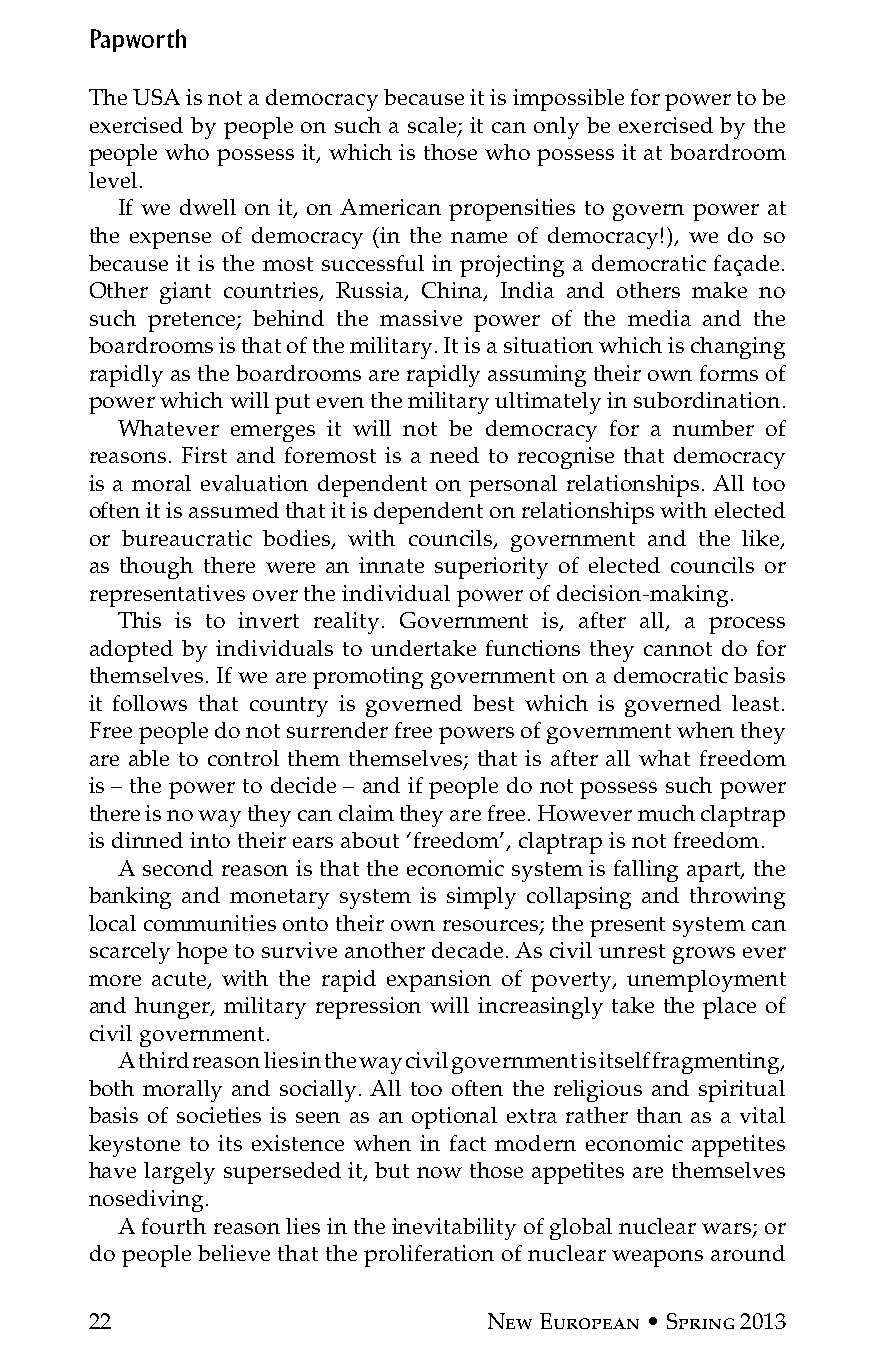
Papworth
 The USA is not a democracy because it is impossible for power to be
 exercised by people on such a scale; it can only be exercised by the
 people who possess it, which is those who possess it at boardroom
 level.
 If we dwell on it, on American propensities to govern power at
 the expense of democracy (in the name of democracy!), we do so
 because it is the most successful in projecting a democratic façade.
 Other giant countries, Russia, China, India and others make no
 such pretence; behind the massive power of the media and the
 boardrooms is that of the military. It is a situation which is changing
 rapidly as the boardrooms are rapidly assuming their own forms of
 power which will put even the military ultimately in subordination.
 Whatever emerges it will not be democracy for a number of
 reasons. First and foremost is a need to recognise that democracy
 is a moral evaluation dependent on personal relationships. All too
 often it is assumed that it is dependent on relationships with elected
 or bureaucratic bodies, with councils, government and the like,
 as though there were an innate superiority of elected councils or
 representatives over the individual power of decision-making.
 This is to invert reality. Government is, after all, a process
 adopted by individuals to undertake functions they cannot do for
 themselves. If we are promoting government on a democratic basis
 it follows that country is governed best which is governed least.
 Free people do not surrender free powers of government when they
 are able to control them themselves; that is after all what freedom
 is – the power to decide – and if people do not possess such power
 there is no way they can claim they are free. However much claptrap
 is dinned into their ears about ‘freedom’, claptrap is not freedom.
 A second reason is that the economic system is falling apart, the
 banking and monetary system is simply collapsing and throwing
 local communities onto their own resources; the present system can
 scarcely hope to survive another decade. As civil unrest grows ever
 more acute, with the rapid expansion of poverty, unemployment
 and hunger, military repression will increasingly take the place of
 civil government.
 A third reason lies in the way civil government is itself fragmenting,
 both morally and socially. All too often the religious and spiritual
 basis of societies is seen as an optional extra rather than as a vital
 keystone to its existence when in fact modern economic appetites
 have largely superseded it, but now those appetites are themselves
 nosediving.
 A fourth reason lies in the inevitability of global nuclear wars; or
 do people believe that the proliferation of nuclear weapons around
 22                        New European • Spring 2013